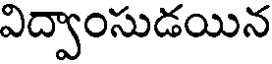
విద్వాంసుడయిన